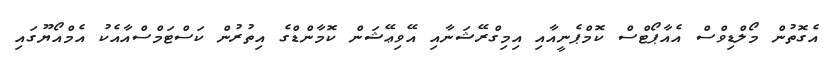
އެގޮތުން މޯލްޑިވްސް އެއާޕޯޓްސް ކޮމްޕެނީއާއި އިމިގްރޭޝަނާއި އޭވިޢޭޝަން ކޮމާންޑްގެ އިތުރުން ކަސްޓަމްސްއާއެކު އެމްއޯޔޫގައި